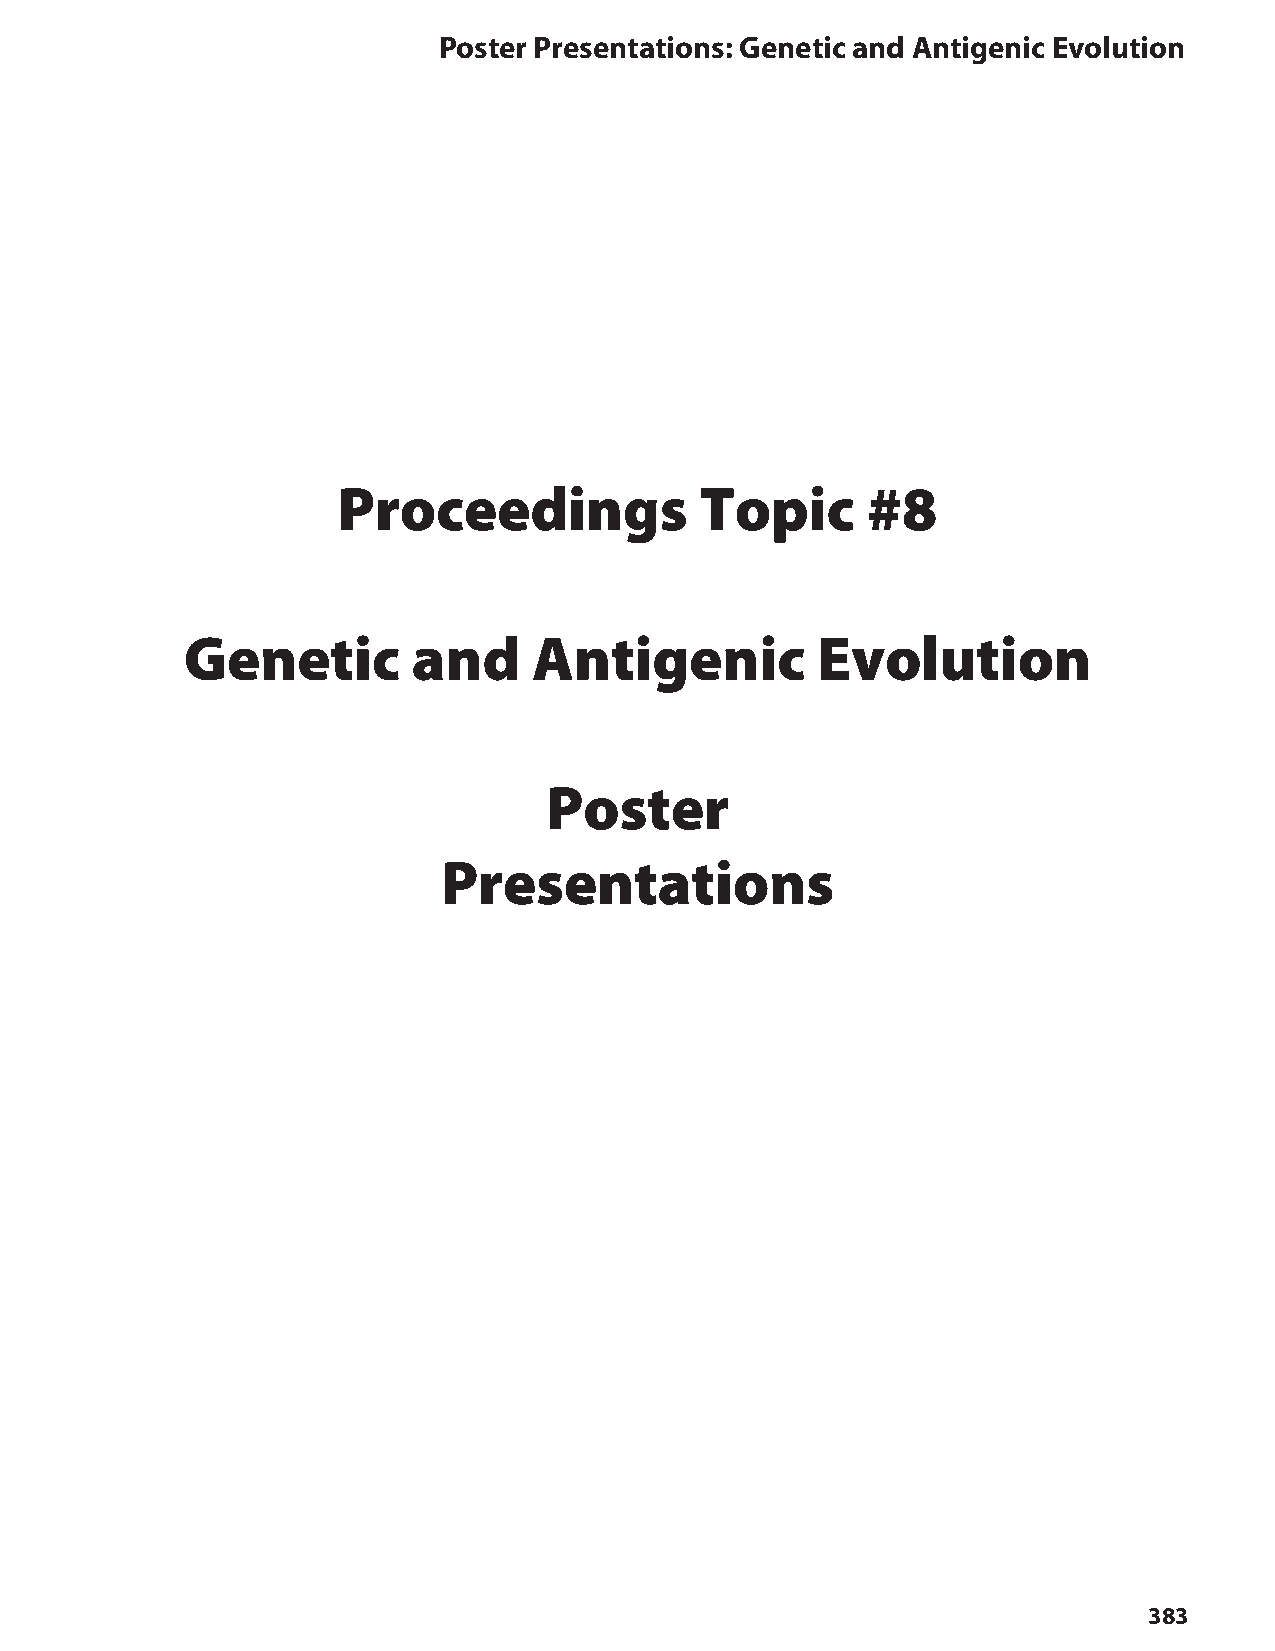
Poster Presentations: Genetic and Antigenic Evolution
 Proceedings             Topic      #8
 Genetic        and     Antigenic          Evolution
 Poster
 Presentations
 383